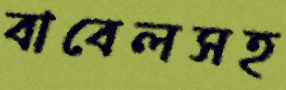
বাবেলসহ